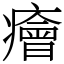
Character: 癐